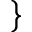
\}